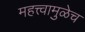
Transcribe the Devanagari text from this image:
महत्त्वामुळेच